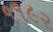
૧૧૯૨